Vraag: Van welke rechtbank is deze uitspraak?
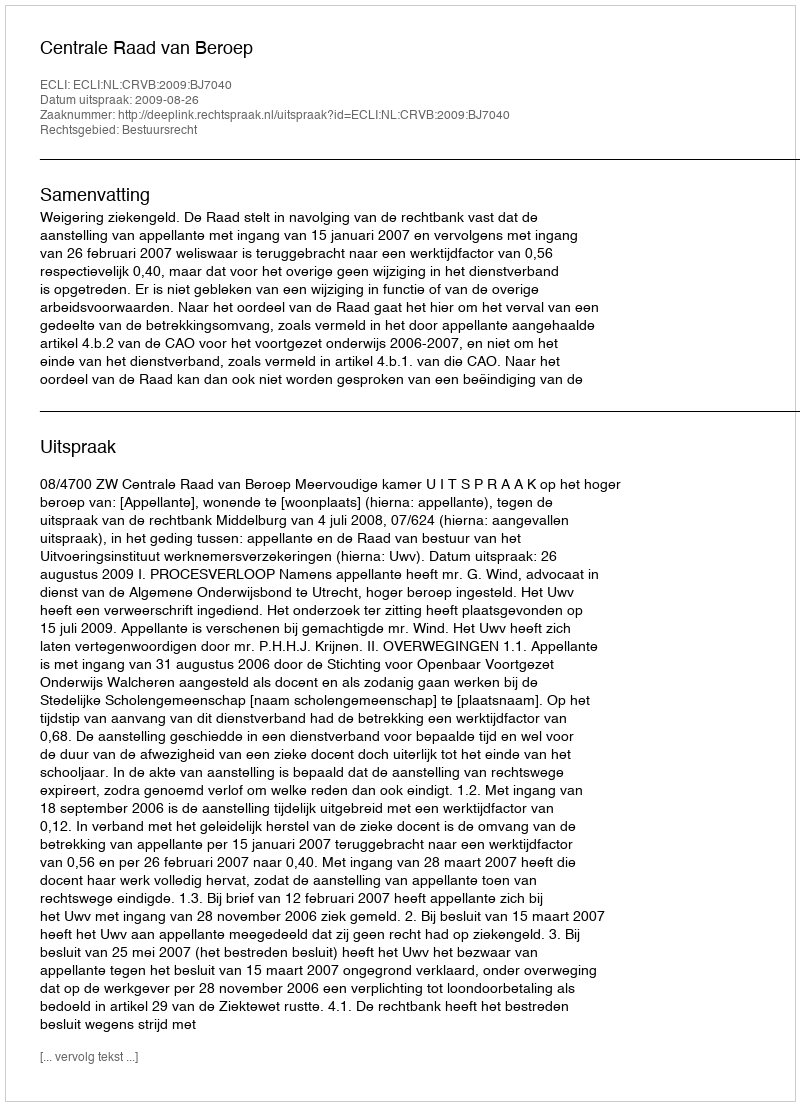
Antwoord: Centrale Raad van Beroep